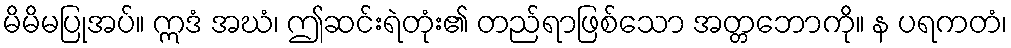
မိမိမပြုအပ်။ ဣဒံ အဃံ၊ ဤဆင်းရဲတုံး၏ တည်ရာဖြစ်သော အတ္တဘောကို။ န ပရကတံ၊